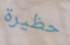
حظيرة